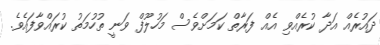
ދައުރެއް އަދާ ކުރެއްވި އެއް ފަރާތް ކަމަށްވެސް މަހުލޫފް ވަނީ ތުހުމަތު ކުރައްވާފައެވެ.